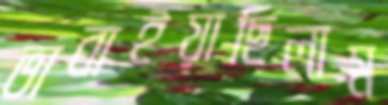
ভাবাইয়াছিলাম